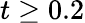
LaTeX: t\geq 0.2